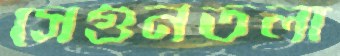
সেগুনতলা